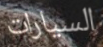
السيارات